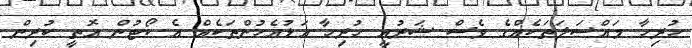
ހުރިހާ މައްސަލަތަކެއްގެ ވެސް ޝަރުއީ ހުރިހާ އަޑުއެހުންތަކެއް އެ ކޯޓުން އޮތީ ކުރިން